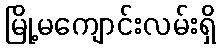
မြို့မကျောင်းလမ်းရှိ